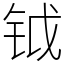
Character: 钺